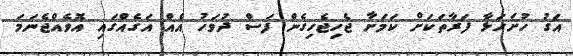
އަގު ހުށަހަޅާ ފަރާތަކަށް ކަމަށާ ޖެހިޖެހިގެން ފަސް ދުވަހު އެއް އަގެއްގައި އޮވެއްޖެނަމަ